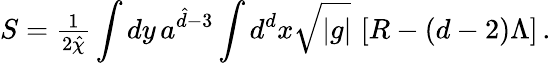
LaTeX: S={\textstyle\frac{1}{2{\hat{\chi}}}}\int{dy\, a^{{\hat{d}}-3}}\int{d^{d}x\sqrt{|g|}\, \left[R-(d-2)\Lambda\right]}\, .